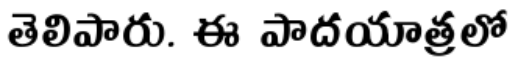
తెలిపారు. ఈ పాదయాత్రలో